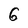
Character: 6